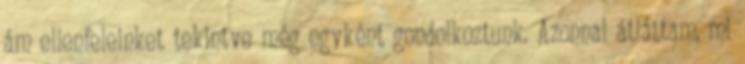
ám ellenfeleinket tekintve még egyként gondolkoztunk. Azonnal átláttam, mi